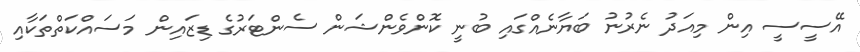
އޭސީސީ އިން މިއަދު ނެރުނު ބަޔާނެއްގައި ބުނީ ކޮންވެންޝަން ސެންޓަރުގެ ޑިޒައިން މަސައްކަތްތަކާއި